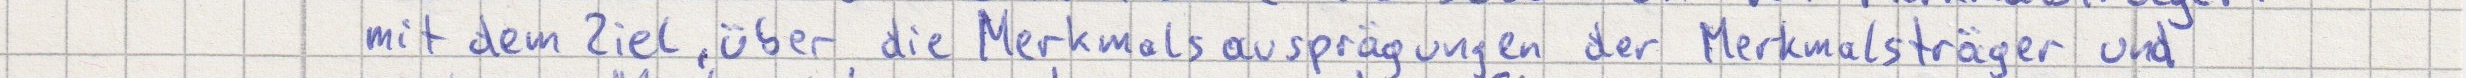
mit dem Ziel, über die Merkmalsausprägungen der Merkmalsträger und